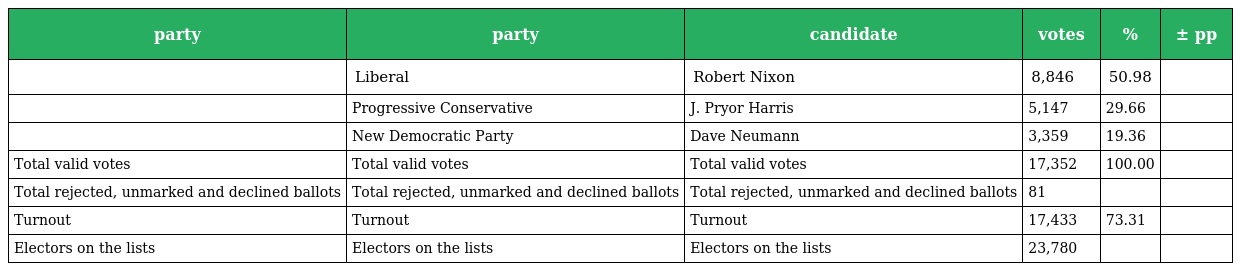
| party | party | candidate | votes | % | ± pp |
 | --- | --- | --- | --- | --- | --- |
 |  | Liberal | Robert Nixon | 8,846 | 50.98 |  |
 |  | Progressive Conservative | J. Pryor Harris | 5,147 | 29.66 |  |
 |  | New Democratic Party | Dave Neumann | 3,359 | 19.36 |  |
 | Total valid votes | Total valid votes | Total valid votes | 17,352 | 100.00 |  |
 | Total rejected, unmarked and declined ballots | Total rejected, unmarked and declined ballots | Total rejected, unmarked and declined ballots | 81 |  |  |
 | Turnout | Turnout | Turnout | 17,433 | 73.31 |  |
 | Electors on the lists | Electors on the lists | Electors on the lists | 23,780 |  |  |